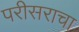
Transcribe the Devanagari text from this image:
परीसराचा